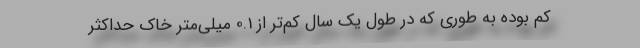
کم بوده به طوری که در طول یک سال کم‌تر از 0.1 میلی‌متر خاک حداکثر